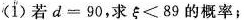
(1)若$$d = 9 0$$，求$$ξ < 8 9$$的概率；